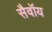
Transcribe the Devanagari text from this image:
सैवॉय